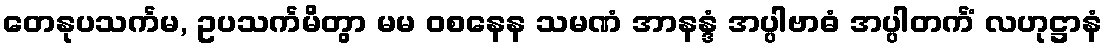
တေနုပသင်္ကမ, ဥပသင်္ကမိတွာ မမ ဝစနေန သမဏံ အာနန္ဒံ အပ္ပါဗာဓံ အပ္ပါတင်္ကံ လဟုဋ္ဌာနံ